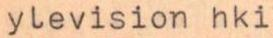
ylevision hki